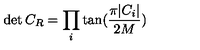
\det { C _ { R } } = \prod _ { i } \tan ( \frac { \pi | C _ { i } | } { 2 M } )